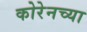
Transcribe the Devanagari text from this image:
कोरेनच्या